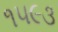
૧૫૯૩